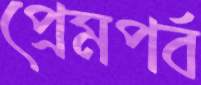
প্রেমপর্ব